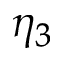
\eta _ { 3 }